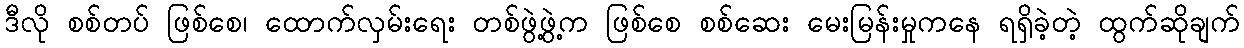
ဒီလို စစ်တပ် ဖြစ်စေ၊ ထောက်လှမ်းရေး တစ်ဖွဲ့ဖွဲ့က ဖြစ်စေ စစ်ဆေး မေးမြန်းမှုကနေ ရရှိခဲ့တဲ့ ထွက်ဆိုချက်